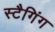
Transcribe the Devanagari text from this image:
स्टैगिंग